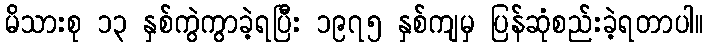
မိသားစု ၁၃ နှစ်ကွဲကွာခဲ့ရပြီး ၁၉၇၅ နှစ်ကျမှ ပြန်ဆုံစည်းခဲ့ရတာပါ။